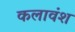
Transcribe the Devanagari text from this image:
कलावंश